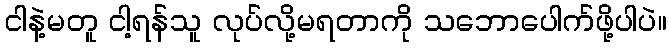
ငါနဲ့မတူ ငါ့ရန်သူ လုပ်လို့မရတာကို သဘောပေါက်ဖို့ပါပဲ။